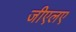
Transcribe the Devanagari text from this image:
जीएलए